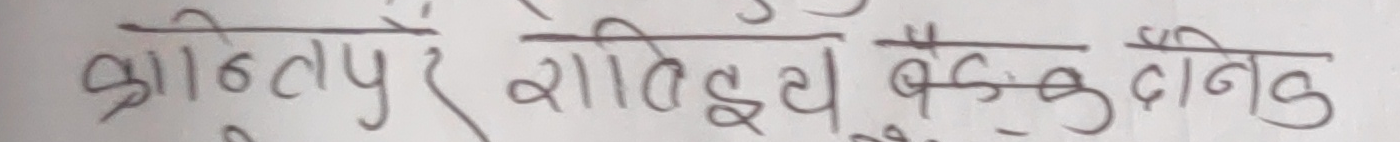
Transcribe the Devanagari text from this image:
क्रान्तिपुरे राखिएका वैंकै दनिड